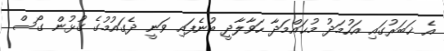
އެ ޚަބަރުގައި އަހުމަދު މުޙައްމަދާ ހަވާލާދީ ބުނެފައި ވަނީ ދެގައުމުގެ ގުޅުން ގޯސް